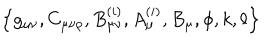
\left\{ g _ { \mu \nu } , C _ { \mu \nu \rho } , B _ { \mu \nu } ^ { ( i ) } , A _ { \mu } ^ { ( i ) } , B _ { \mu } , \phi , k , \ell \right\}